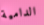
الدامية